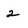
Character: 2